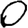
Digit: 0